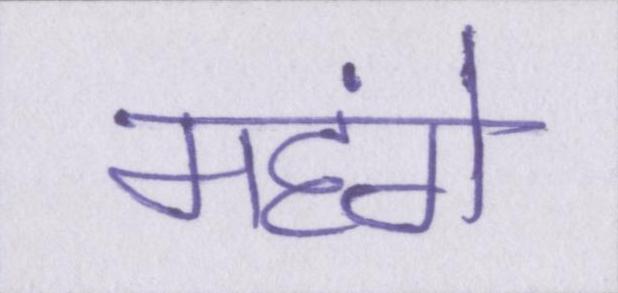
महंगे